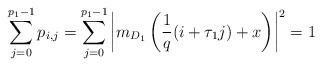
LaTeX: \begin{align*}\sum_{j=0}^{p_{1}-1} p_{i, j}=\sum_{j=0}^{p_{1}-1} \left|m_{D_1}\left(\frac{1}{q}(i+ \tau_{1}j)+x\right)\right|^{2}=1\end{align*}